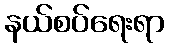
နယ်စပ်ရေးရာ